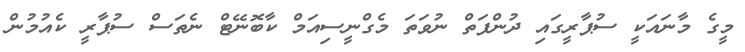
މީގެ މާނައަކީ ސުޕާރީގައި ދުންފަތް ނުވަތަ މެގްނީސިއަމް ކާބޮނޭޓް ނެތަސް ސުޕާރީ ކެއުމުން